38_143685_box_Incident_Summaries_101-172
Agency: Department of War
Page 127
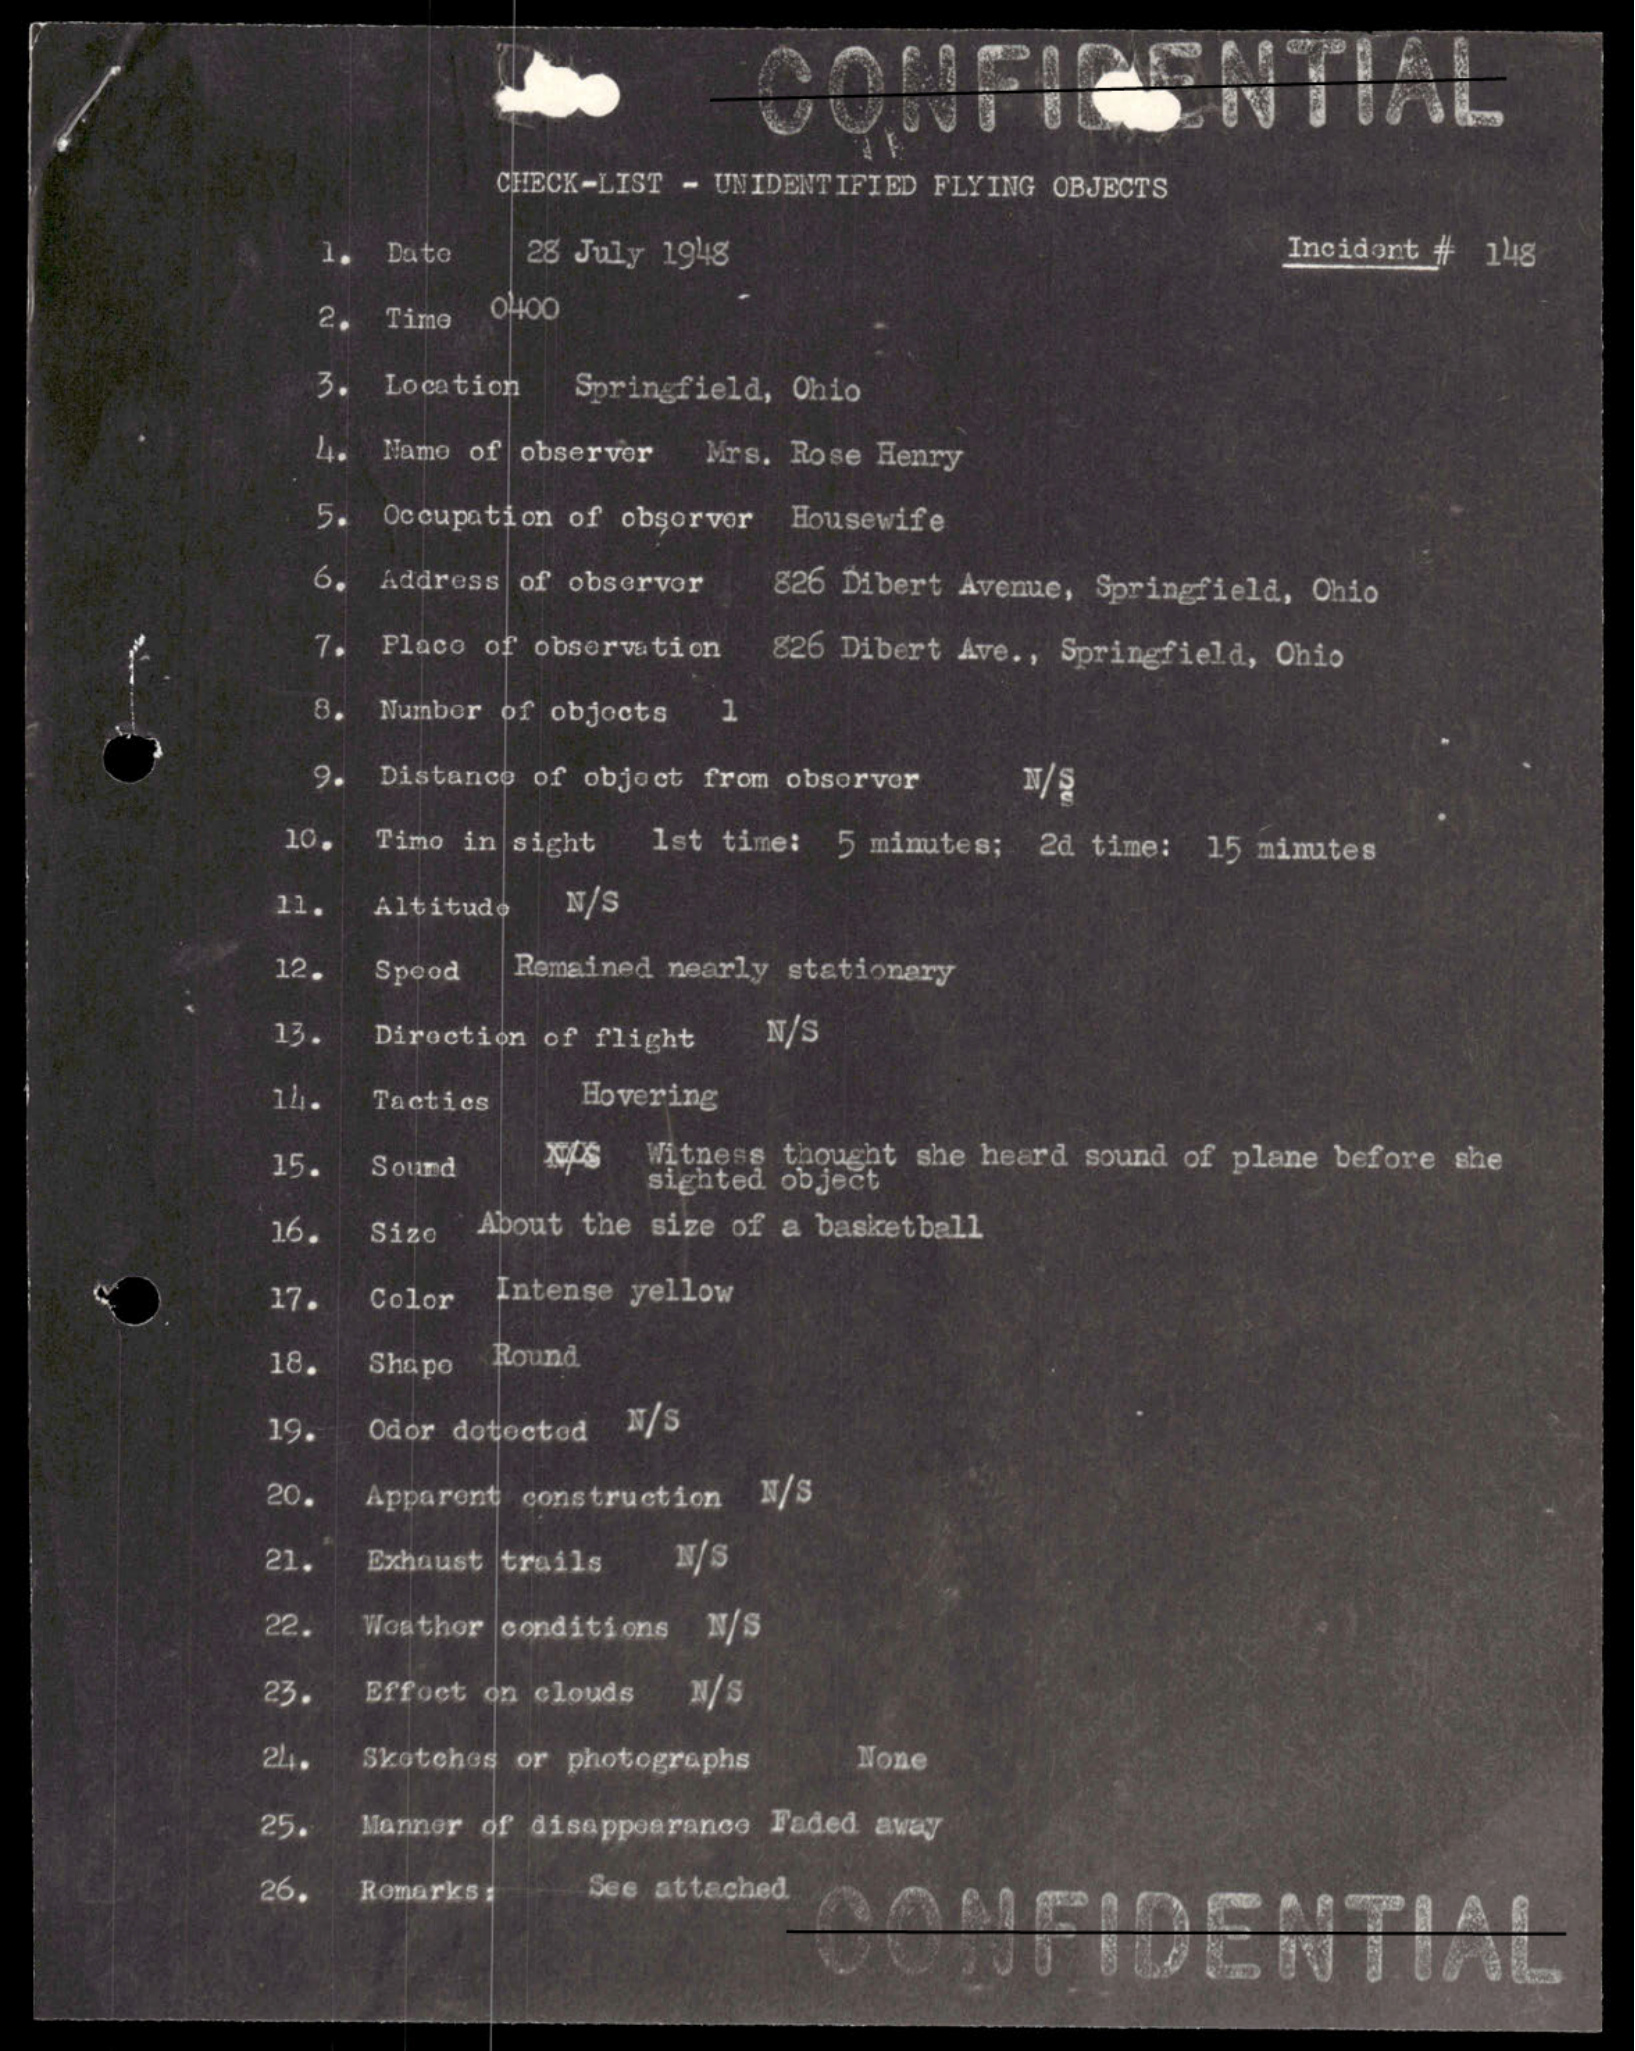